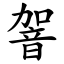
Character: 䪪